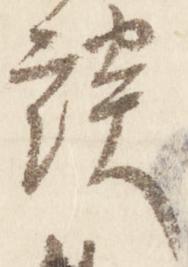
談